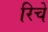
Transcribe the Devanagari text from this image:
रिचे